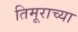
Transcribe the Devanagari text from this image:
तिमूराच्या